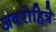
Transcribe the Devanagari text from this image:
अवरोहित्रे